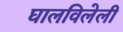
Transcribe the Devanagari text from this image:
घालविलेली